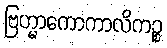
ဗြဟ္မာကောကာလိကဉ္စ